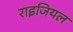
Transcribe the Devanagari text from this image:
राइजियल